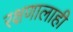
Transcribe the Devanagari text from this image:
रक्षणालाही